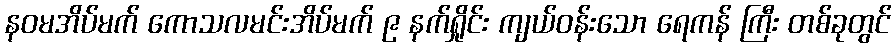
နဝမအိပ်မက် ကောသလမင်းအိပ်မက် ၉ နက်ရှိုင်း ကျယ်ဝန်းသော ရေကန် ကြီး တစ်ခုတွင်